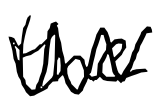
Text: the
Cross-out: mix
Writing tool: digital_black